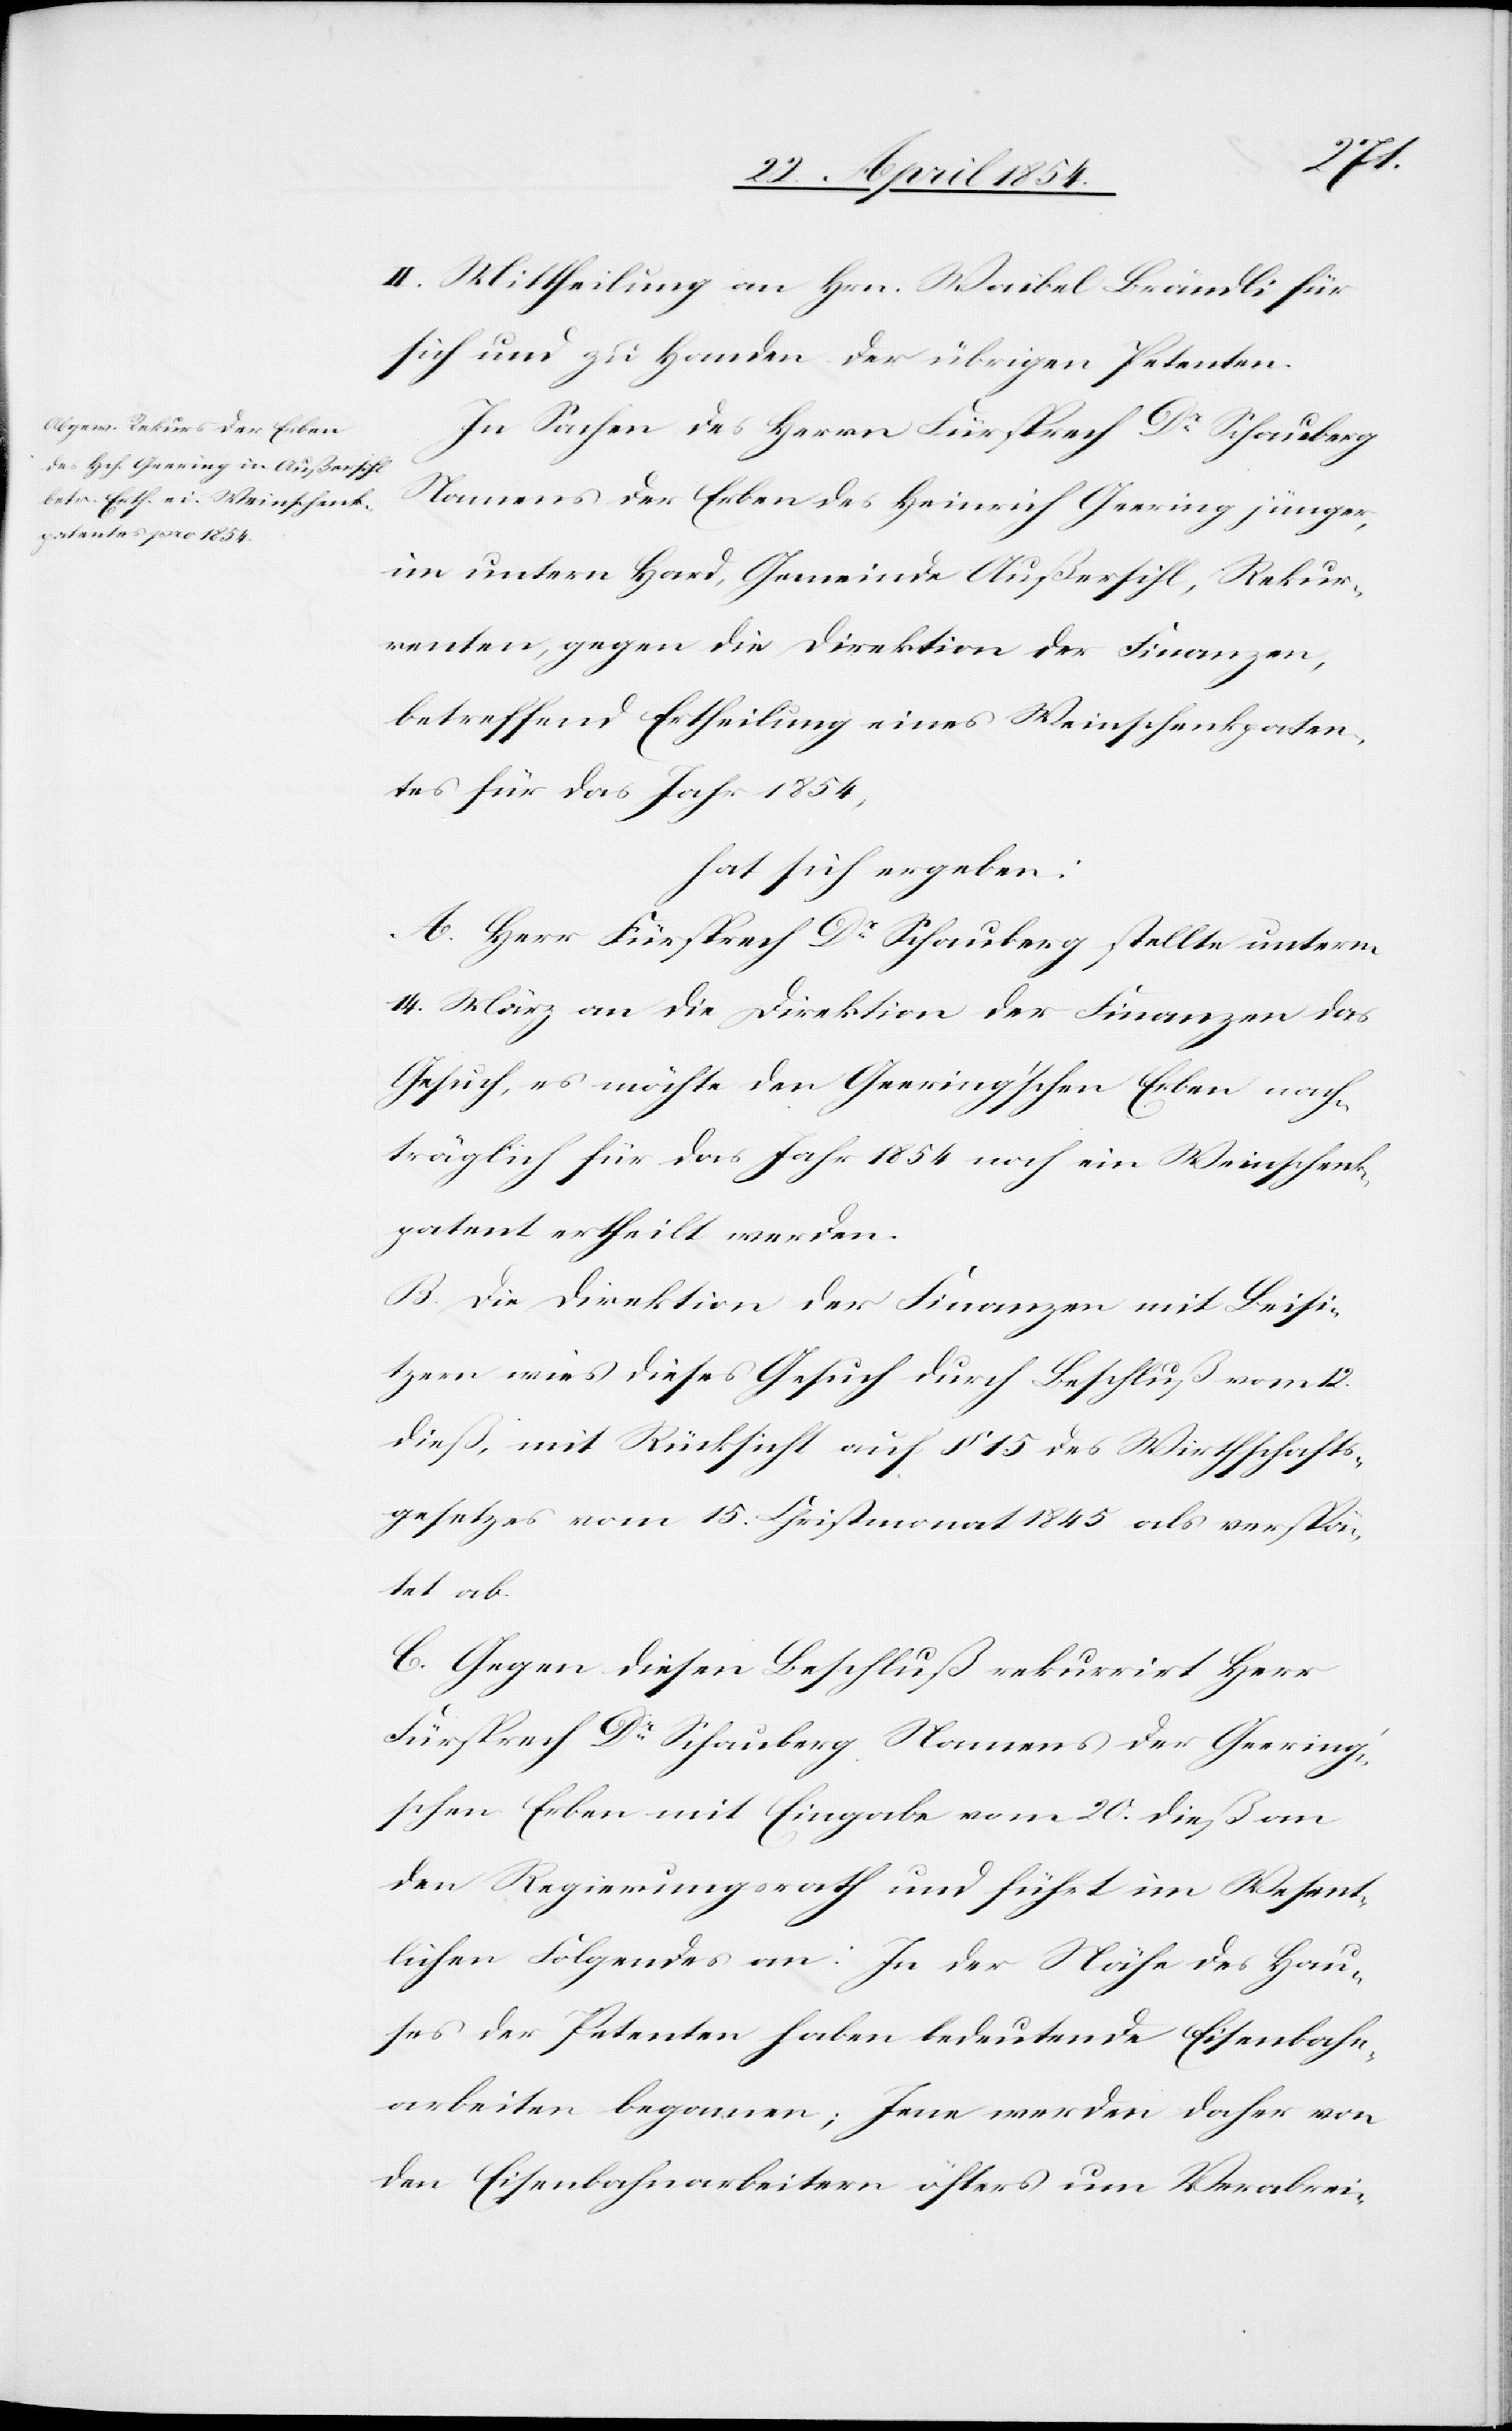
12.
II. Mittheilung an Hrn. Waibel Brändli für
sich und zu Handen der übrigen Petenten.
Sachen der Erben des Heinrich Geering jünger,
im untern Hard, Gemeinde Außersihl, Rekur¬
renten, gegen die Direktion der Finanzen,
betreffend Ertheilung eines Weinschenkpaten¬
tes für das Jahr 1854,
hat sich ergeben:
A. Herr Fürsprech Dr Schauberg stellte unterm
14. März an die Direktion der Finanzen das
Gesuch, es möchte den Geering’schen Erben nach¬
träglich für das Jahr 1854 noch ein Weinschenk¬
patent ertheilt werden.
B. Die Direktion der Finanzen mit Beisi¬
tzern wies dieses Gesuch durch Beschluß vom
dieß, mit Rücksicht auf § 15 des Wirthschafts¬
gesetzes vom 15. Christmonat 1845 als verspä¬
tet ab.
C. Gegen diesen Beschluß rekurrirt Herr
Fürsprech Dr Schauberg Namens der Geering’s¬
chen Erben mit Eingabe vom 20. dieß an
den Regierungsrath und führt im Wesent¬
lichen Folgendes an: In der Nähe des Hau¬
ses der Petenten haben bedeutende Eisenbahn¬
arbeiten begonnen; Jene werden daher von
den Eisenbahnarbeitern öfters um Verabrei-